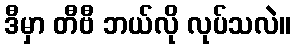
ဒီမှာ တီဗီ ဘယ်လို လုပ်သလဲ။